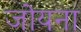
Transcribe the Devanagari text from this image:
जोयना